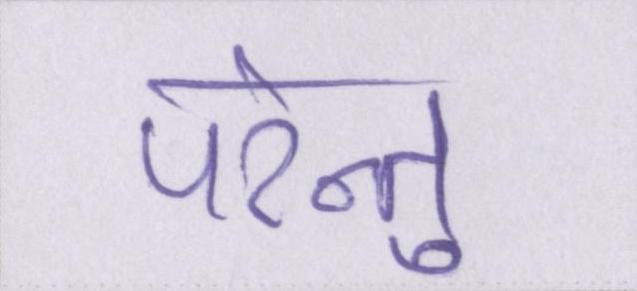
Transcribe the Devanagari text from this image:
परंन्तु